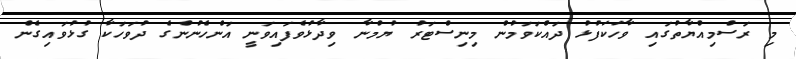
މި ރަސްމިއްޔާތުގައި ވާހަަކަފުޅު ދައްކަވަމުން މިިނިސްޓަރު ޔުމްނާ ވިދާޅުވެފައިވަނީ އަންހެނުންގެ ދުވަހަކާ ގުޅުވައިގެން